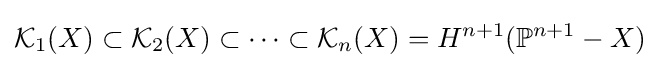
{\mathcal {K}}_{1}(X)\subset {\mathcal {K}}_{2}(X)\subset \cdots \subset {\mathcal {K}}_{n}(X)=H^{n+1}(\mathbb {P} ^{n+1}-X)